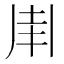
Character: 𠂵